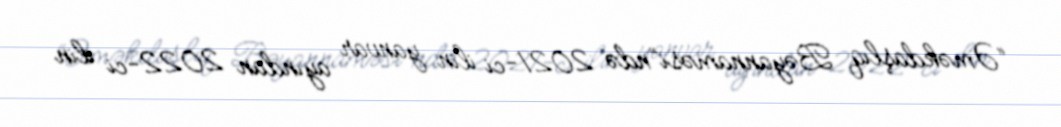
“Əməkdaşlıq Bəyannaməsi”ndə 2021-ci ilin yanvar ayından 2022-ci ilin